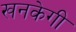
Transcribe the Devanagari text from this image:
खनकेगी